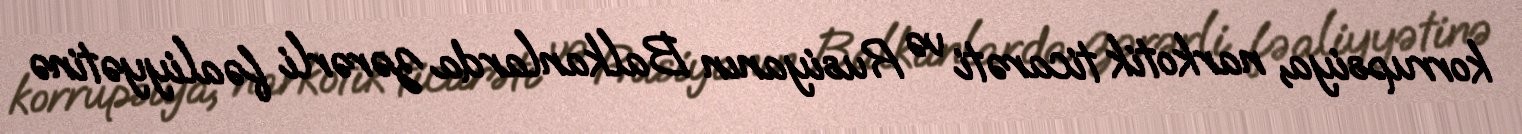
korrupsiya, narkotik ticarəti və Rusiyanın Balkanlarda zərərli fəaliyyətinə